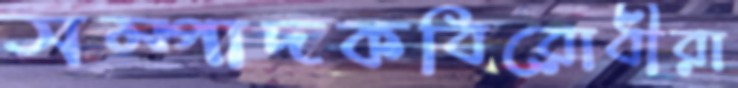
সম্পাদকবিরোধীরা